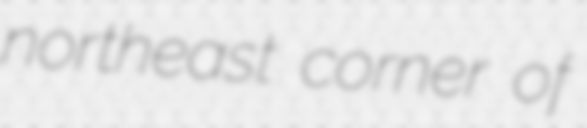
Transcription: northeast corner of